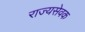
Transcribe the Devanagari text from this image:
राज्यसेवक